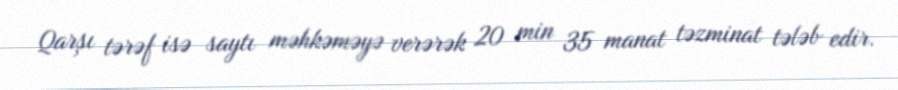
Qarşı tərəf isə saytı məhkəməyə verərək 20 min 35 manat təzminat tələb edir.